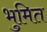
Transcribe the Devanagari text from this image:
भुमित